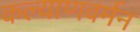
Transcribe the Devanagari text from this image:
कल्याणवर्मन